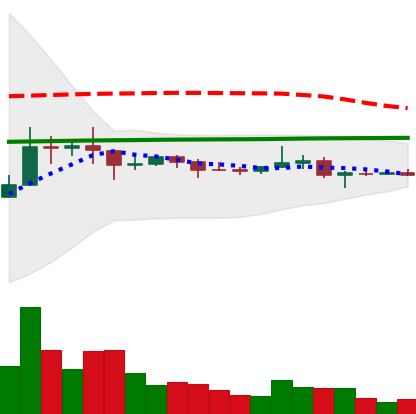
Ticker: XRP-USD
Chart end date: 2021-01-25
Forward return: 63.605%
Label: up_7plus